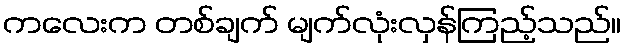
ကလေးက တစ်ချက် မျက်လုံးလှန်ကြည့်သည်။